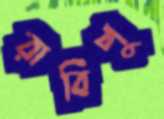
রাবিপু